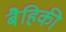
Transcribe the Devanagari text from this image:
बैहिकी